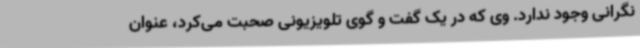
نگرانی وجود ندارد. وی که در یک گفت و گوی تلویزیونی صحبت می‌کرد، عنوان